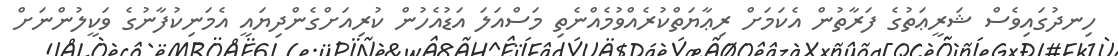
ހިނދުގައިވެސް ޝަރީޢަތުގެ ފަރާތުން އެކަމަށް ރިޢާޔަތްކުރެއްވުމެއްނެތި މަސްއަލަ އަޑުއެހުން ކުރިއަށްގެންދިޔައީ އެމަނިކުފާނުގެ ވަކީލުންނަށް